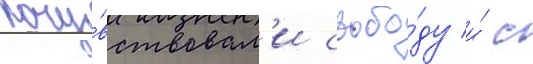
почу́вствовал'и свобо́ду и́ с